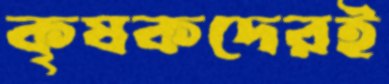
কৃষকদেরই